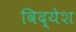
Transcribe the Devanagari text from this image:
विद्येश